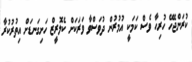
ކުރަންޖެހޭ ހުރިހާ ވެސް ކަމަކީ އުމުރުން ދުވަސްވާ ވަރަކަށް ކެލޮރީޒް ހަށިގަނޑަށް އިތުރުކުރާ